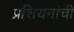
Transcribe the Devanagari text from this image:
प्रशियनांची